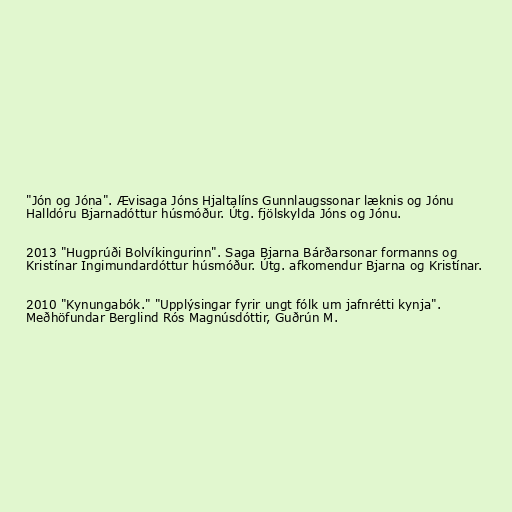
"Jón og Jóna". Ævisaga Jóns Hjaltalíns Gunnlaugssonar læknis og Jónu
Halldóru Bjarnadóttur húsmóður. Útg. fjölskylda Jóns og Jónu.

2013 "Hugprúði Bolvíkingurinn". Saga Bjarna Bárðarsonar formanns og
Kristínar Ingimundardóttur húsmóður. Útg. afkomendur Bjarna og Kristínar.

2010 "Kynungabók." "Upplýsingar fyrir ungt fólk um jafnrétti kynja".
Meðhöfundar Berglind Rós Magnúsdóttir, Guðrún M.